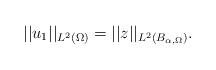
LaTeX: \begin{align*}||u_1||_{L^2(\Omega)} = ||z||_{L^2(B_{\alpha,\Omega})}.\end{align*}